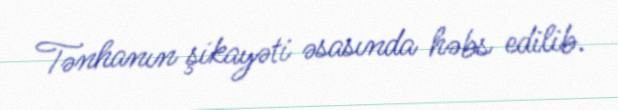
Tənhanın şikayəti əsasında həbs edilib.